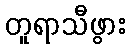
တူရာသီဖွား